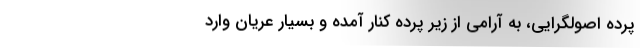
پرده اصولگرایی، به آرامی از زیر پرده کنار آمده و بسیار عریان وارد